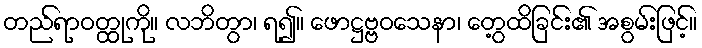
တည်ရာဝတ္ထုကို။ လဘိတွာ၊ ရ၍။ ဖောဋ္ဌဗ္ဗဝသေနာ၊ တွေ့ထိခြင်း၏ အစွမ်းဖြင့်။